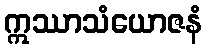
ဣဿာသံယောဇနံ